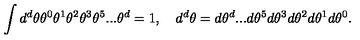
\int d ^ { d } \theta \theta ^ { 0 } \theta ^ { 1 } \theta ^ { 2 } \theta ^ { 3 } \theta ^ { 5 } . . . \theta ^ { d } = 1 , \quad d ^ { d } \theta = d \theta ^ { d } . . . d \theta ^ { 5 } d \theta ^ { 3 } d \theta ^ { 2 } d \theta ^ { 1 } d \theta ^ { 0 } .